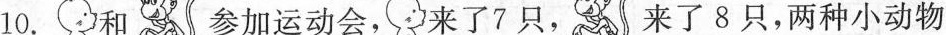
10. 和 参加运动会， 来了7只， 来了8只，两种小动物